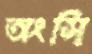
অংসি